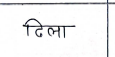
मजकूर: टिला